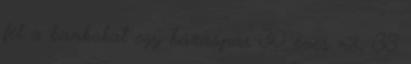
fel a bankokat egy házaspár 30 éves nő, 33